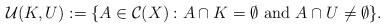
LaTeX: \begin{align*}\mathcal{U}(K,U):=\{A \in \mathcal{C}(X): A \cap K=\emptyset ~\textrm{and~} A \cap U \neq \emptyset\}.\end{align*}